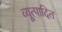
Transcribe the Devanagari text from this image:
व्यूत्पादित